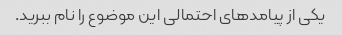
یکی از پیامدهای احتمالی این موضوع را نام ببرید.